Annual statistical returns and brief notes on vaccination in Bengal - 1887-1898
Year: 1887
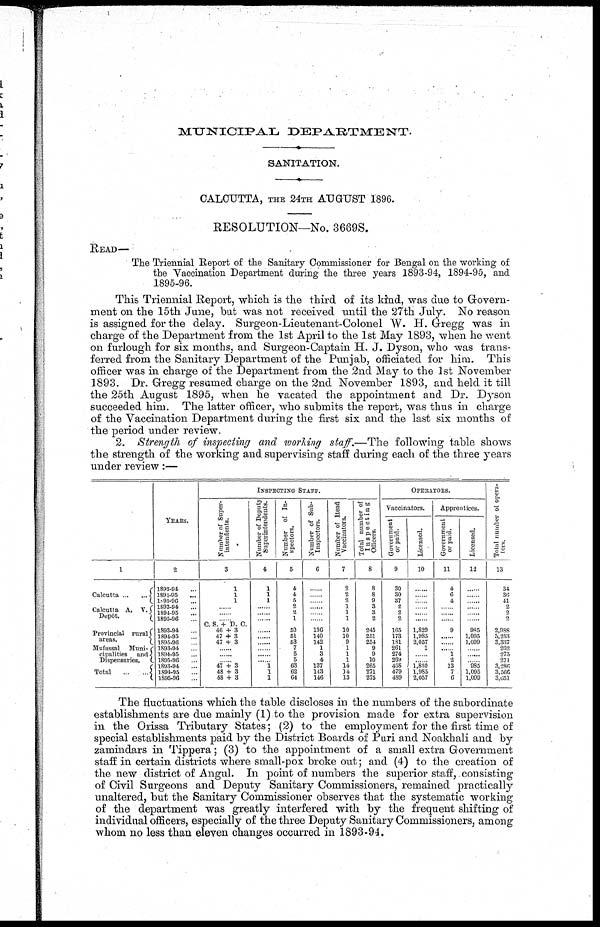
MUNICIPAL
DEPARTMENT.
SANITATION.
CALCUTTA, THE 24TH AUGUST 1896.
RESOLUTION—No. 3669S.
READ—
The Triennial Report of the Sanitary Commissioner for Bengal on the working of
the Vaccination Department during the three years 1893-94, 1894-95, and
1895-96.
This Triennial Report, which is the third of its kind, was due to Govern-
ment on the 15th June, but was not received until the 27th July. No reason
is assigned for the delay. Surgeon-Lieutenant-Colonel W. H. Gregg was in
charge of the Department from the 1st April to the 1st May 1893, when he went
on furlough for six months, and Surgeon-Captain H. J. Dyson, who was trans-
ferred from the Sanitary Department of the Punjab, officiated for him. This
officer was in charge of the Department from the 2nd May to the 1st November
1893. Dr. Gregg resumed charge on the 2nd November 1893, and held it till
the 25th August 1895, when he vacated the appointment and Dr. Dyson
succeeded him. The latter officer, who submits the report, was thus in charge
of the Vaccination Department during the first six and the last six months of
the period under review.
2. Strength of inspecting and working staff.—The following table shows
the strength of the working and supervising staff during each of the three years
under review:—
1
Calcutta
...
...
Calcutta A. V.
Depôt.
Provincial rural
areas.
Mufassal Muni-
cipalities and
Dispensaries.
Total
...
...
YEARS.
2
1893-94 ...
1894-95 ...
l895-96 ...
1893-94 ...
1894-95 ...
1895-96 ...
1893-94 ...
1894-95 ...
1895-96 ...
1893-94 ...
1894-95 ...
1895-96 ...
1893-94 ...
1894-95...
1895-96 ...
INSPECTING STAFF.
Number of Super-
intendents.
3
1
1
1
......
......
......
C. S. + D. C.
46 + 3
47 + 3
47+3
......
......
...... 47 + 3
48 + 3
48 + 3
Number of Deputy
Superintendents.
4
1
1
1
......
......
......
......
......
......
......
......
...... 1
1
1
Number of In-
spectors.
5
4
4
5
2
2
1
50
51
53
7
5
5
63
62
64
Number of Sub-
Inspectors.
6
......
......
......
......
......
......
136
140
142
1
3
4
137
143
146
Number of Head
Vaccinators.
7
2
2
2
1
1
1
10
10
9
1
1
1
14
14
13
Total number of
Inspecting
Officers.
8
8
8
9
3
3
2
245
251
254
9
9
10
265
271
275
OPERATORS.
Vaccinators.
Government
or paid.
9
30
30
37
2
2
2
165
173
181
261
274
269
458
479
489
Licensed.
10
......
......
......
......
......
......
1,829
1,985
2,057
1
......
......
1,830
1,985
2,057
Apprentices.
Government
or paid.
11
4
6
4
......
......
......
9
......
......
...... 1
2
13
7
6
Licensed.
12
......
......
......
......
......
......
985
1,095
1,099
......
......
...... 985
1,095
1,099
Total number of opera-
tors.
13
34
36
41
2
2
......
2,988
3,253
3,337
262
275
271
3,286
3,566
3,651
The fluctuations which the table discloses in the numbers of the subordinate
establishments are due mainly (1) to the provision made for extra supervision
in the Orissa Tributary States; (2) to the employment for the first time of
special establishments paid by the District Boards of Puri and Noakhali and by
zamindars in Tippera; (3) to the appointment of a small extra Government
staff in certain districts where small-pox broke out; and (4) to the creation of
the new district of Angul. In point of numbers the superior staff, consisting
of Civil Surgeons and Deputy Sanitary Commissioners, remained practically
unaltered, but the Sanitary Commissioner observes that the systematic working
of the department was greatly interfered with by the frequent shifting of
individual officers, especially of the three Deputy Sanitary Commissioners, among
whom no less than eleven changes occurred in 1893-94.